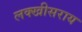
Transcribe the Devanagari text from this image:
लक्‍खीसराय